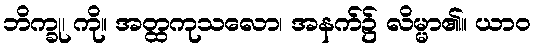
ဘိက္ခု၊ ကို။ အတ္ထကုသလော၊ အနက်၌ လိမ္မာ၏။ ယာဝ